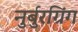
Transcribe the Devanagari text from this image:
नुर्बुरग्रिंग